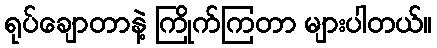
ရုပ်ချောတာနဲ့ ကြိုက်ကြတာ များပါတယ်။